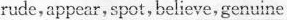
rude,appear,spot,believe,genuine